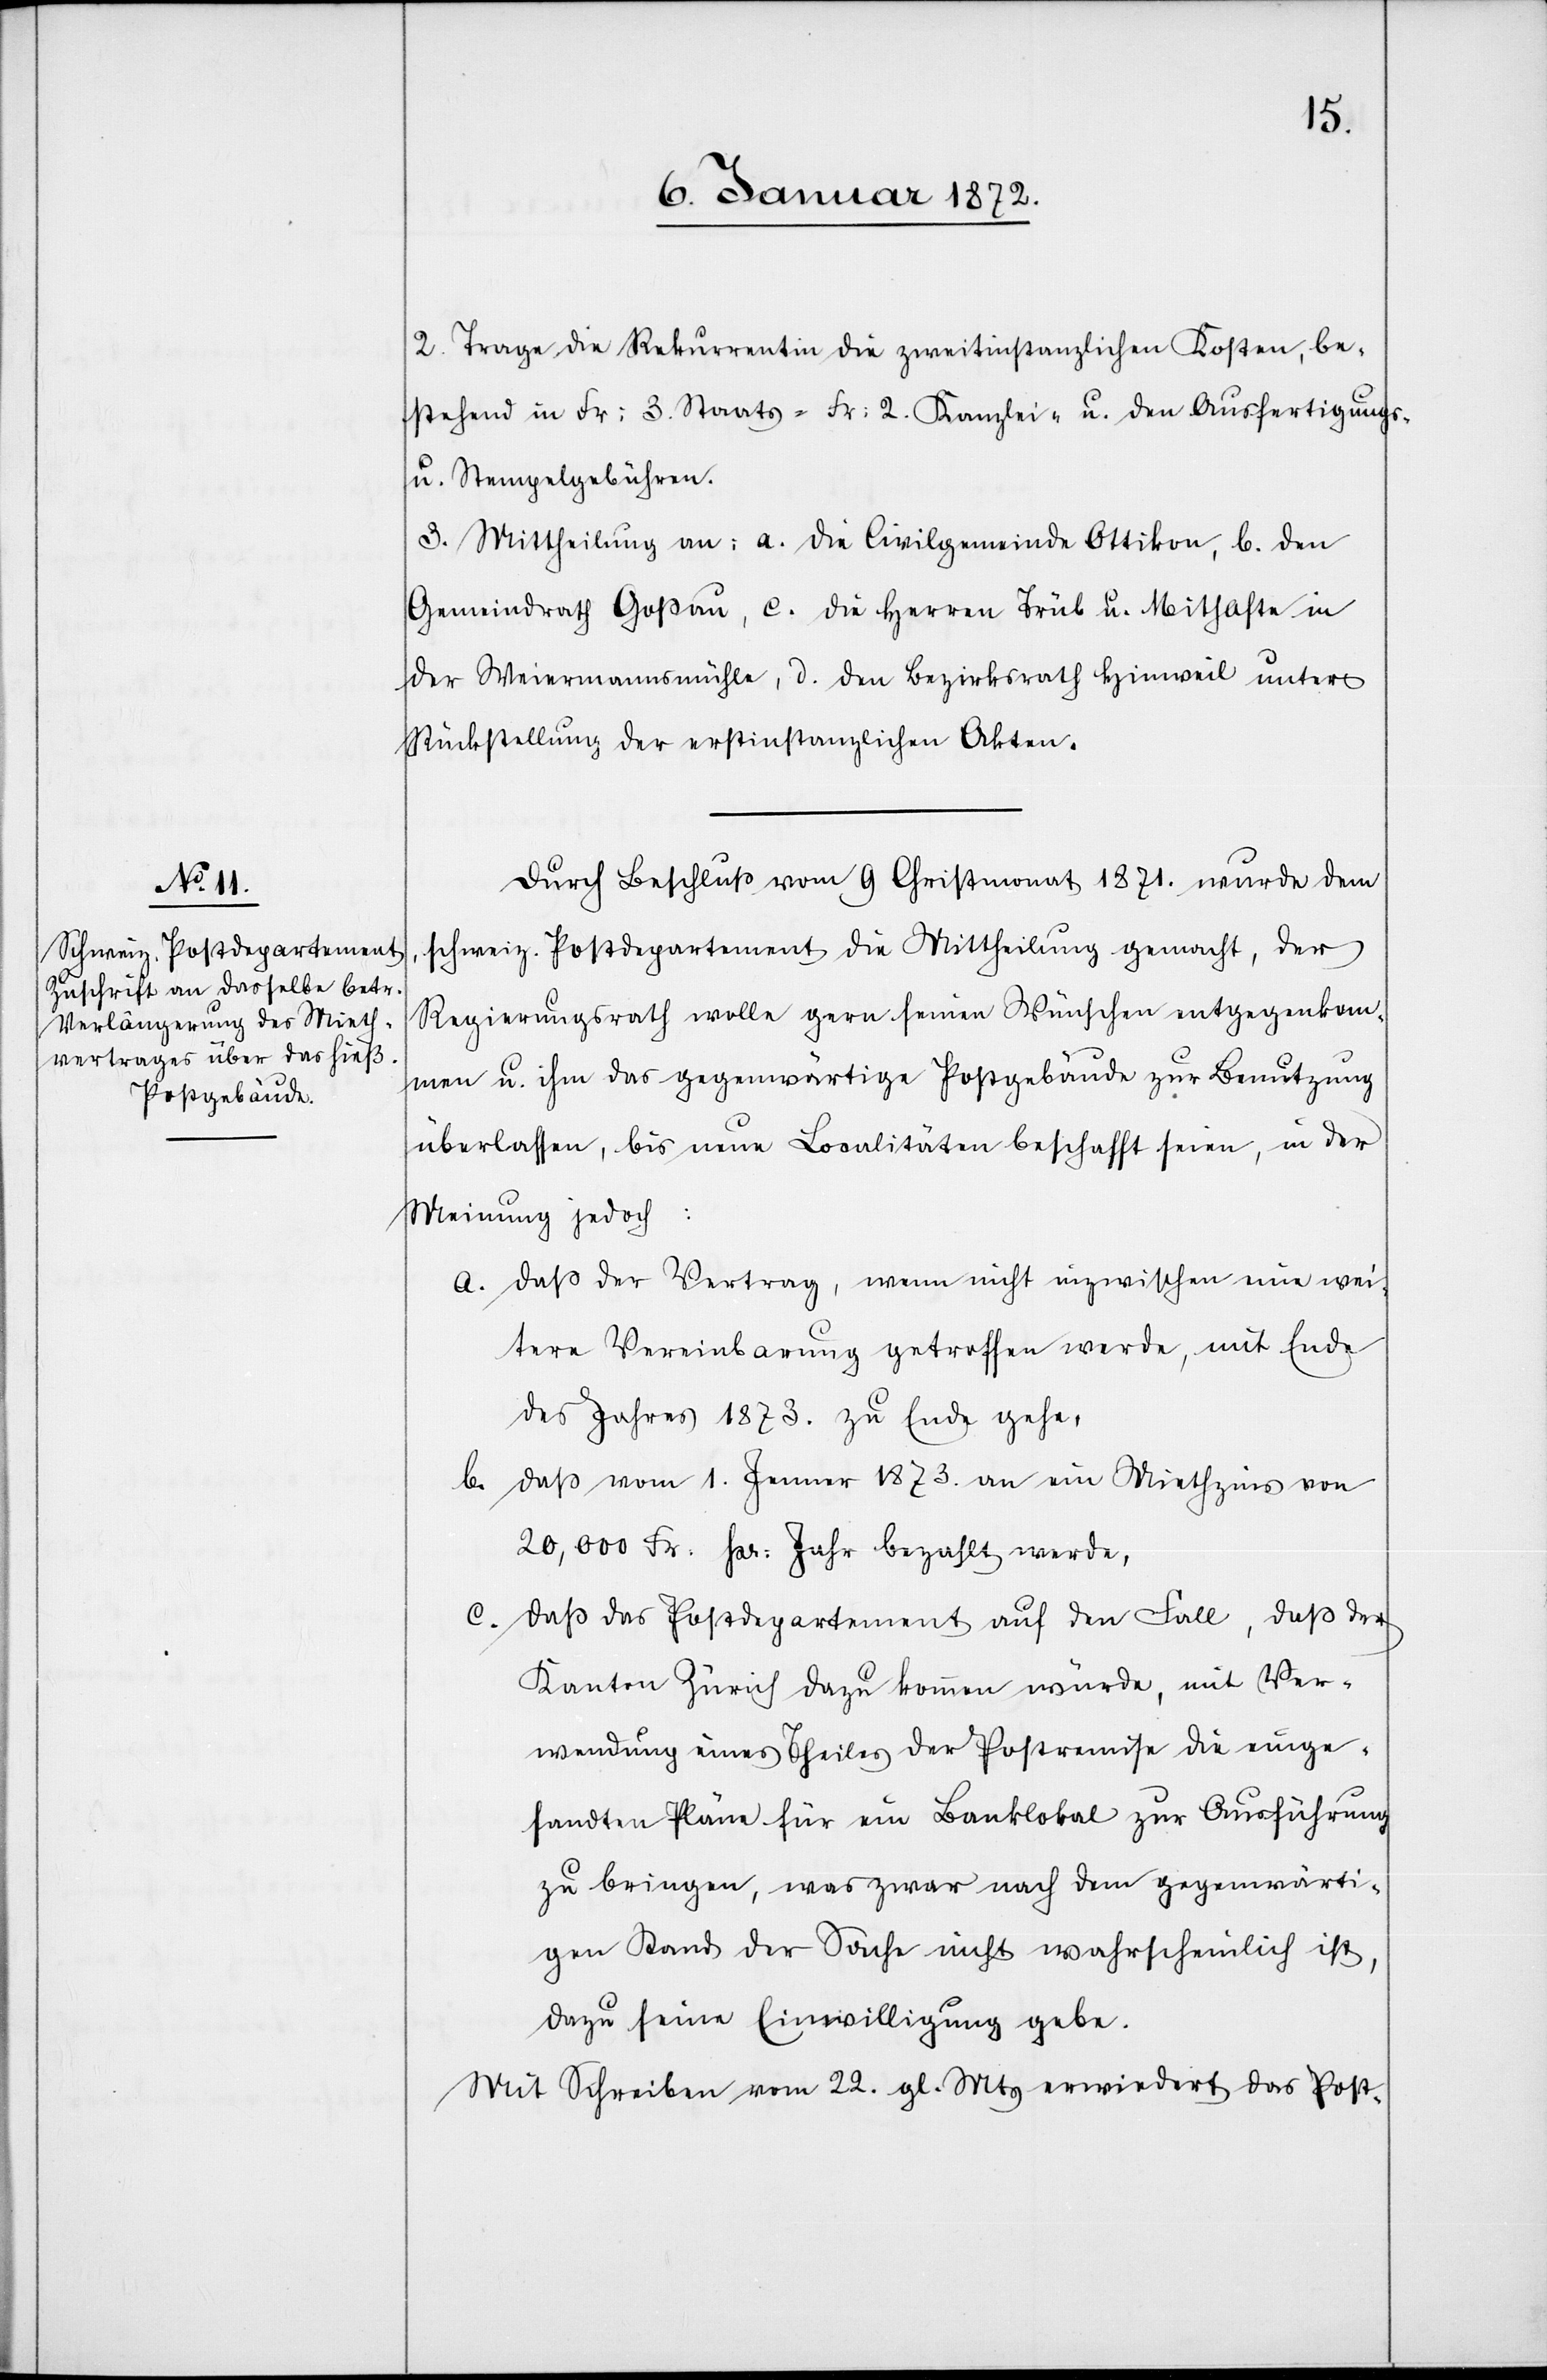
2. Trage die Rekurrentin die zweitinstanzlichen Kosten, be¬
stehend in Fr: 3. Staats-[,] Fr: 2. Kanzlei- u. den Ausfertigungs-
u. Stempelgebühren.
3. Mittheilung an: a. die Civilgemeinde Ottikon, b. den
Gemeindrath Goßau, c. die Herren Trüb u. Mithafte in
der Weiermannsmühle [sic!] , d. den Bezirksrath Hinweil unter
Rückstellung der erstinstanzlichen Akten.
Durch Beschluss vom 9 Christmonat 1871. wurde dem
schweiz. Postdepartement die Mittheilung gemacht, der
Regierungsrath wolle gern seinen Wünschen entgegenkom¬
men u. ihm das gegenwärtige Postgebäude zur Benutzung
überlassen, bis neue Localitäten beschafft seien, in der
Meinung jedoch:
Daß der Vertrag, wenn nicht inzwischen eine wei¬
tere Vereinbarung getroffen werde, mit Ende
des Jahres 1873. zu Ende gehe,
Daß vom 1. Jenner 1873. an ein Miethzins von
20,000 Fr. pr. Jahr bezahlt werde,
Daß das Postdepartement auf den Fall, daß der
Kanton Zürich dazu kommen würde, mit Ver¬
wendung eines Theiles der Postremise die einge¬
sandten Pläne für ein Banklokal zur Ausführung
zu bringen, was zwar nach dem gegenwärti¬
gen Stand der Sache nicht wahrscheinlich ist,
dazu seine Einwilligung gebe.
Mit Schreiben vom 22. gl. Mts erwiedert das Post-